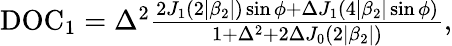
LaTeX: \begin{array}{r}{\mathrm{DOC}_{1}=\Delta^{2}\frac{2J_{1}(2|\beta_{2}|)\sin\phi+\Delta J_{1}(4|\beta_{2}|\sin\phi)}{1+\Delta^{2}+2\Delta J_{0}(2|\beta_{2}|)},}\end{array}